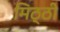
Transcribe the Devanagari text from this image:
मिठ्ठी